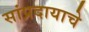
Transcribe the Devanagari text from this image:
सांप्रदायाचे